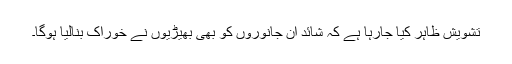
تشویش ظاہر کیا جارہا ہے کہ شائد ان جانوروں کو بھی بھیڑیوں نے خوراک بنالیا ہوگا۔